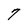
Character: 7